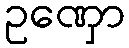
ဥဏှော